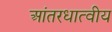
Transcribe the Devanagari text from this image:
आंतरधात्वीय